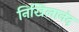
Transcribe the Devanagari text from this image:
निखिलानंद